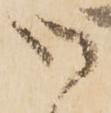
候